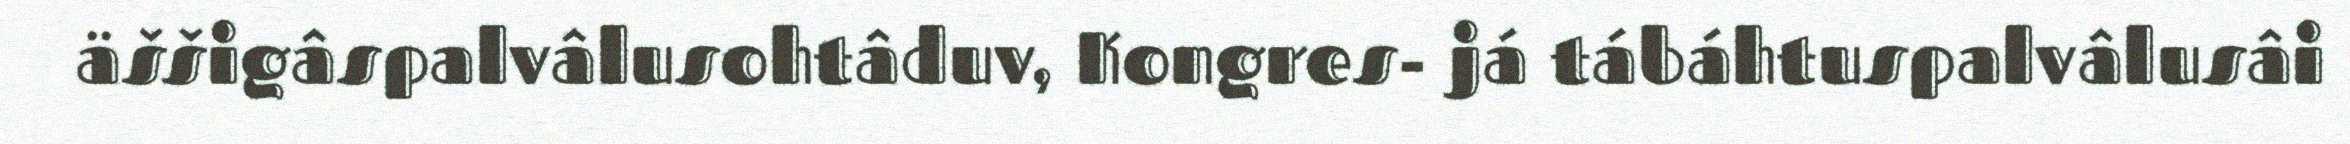
äššigâspalvâlusohtâduv, Kongres- já tábáhtuspalvâlusâi